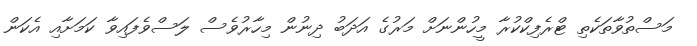
މަސްތުވާތަކެތި ޓްރެފިކްކުރާ މީހުންނަށް މަރުގެ އަދަބު ދިނުން މިހާރުވެސް ލަސްވެފައިވާ ކަމަށާއި އެކަން